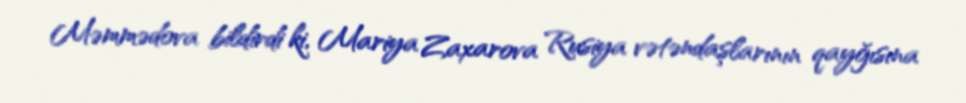
Məmmədova bildirdi ki, Mariya Zaxarova Rusiya vətəndaşlarının qayğısına